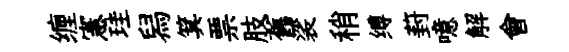
缠憲珪舄箕票肢舊裟稍缚葑噫解會